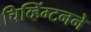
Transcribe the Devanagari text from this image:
चिव्हिंग्टनने